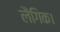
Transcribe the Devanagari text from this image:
लैंगिक।